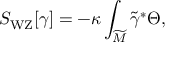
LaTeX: S _ { \mathrm { W Z } } [ \gamma ] = - \kappa \int _ { \widetilde M } \widetilde \gamma ^ { * } \Theta ,